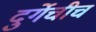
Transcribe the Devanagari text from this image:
दुर्गेचीच